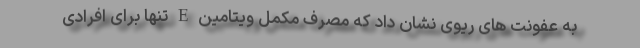
به عفونت های ریوی نشان داد که مصرف مکمل ویتامین E تنها برای افرادی